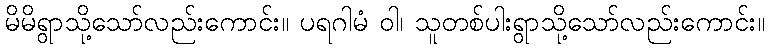
မိမိရွာသို့သော်လည်းကောင်း။ ပရဂါမံ ဝါ၊ သူတစ်ပါးရွာသို့သော်လည်းကောင်း။